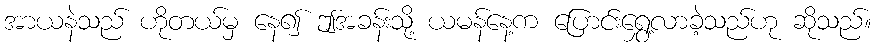
အာယနဲသည် ဟိုတယ်မှ နေ၍ ဤအခန်းသို့ ယမန်နေ့က ပြောင်းရွှေ့လာခဲ့သည်ဟု ဆိုသည်။